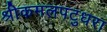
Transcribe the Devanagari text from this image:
श्रीकमलपटुधरा